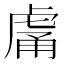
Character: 𧆿